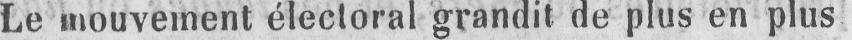
Le mouvement électoral grandit de plus en plus